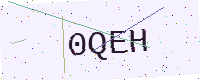
Text: 0QEH